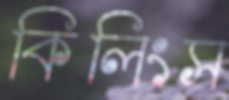
কিলিংস